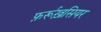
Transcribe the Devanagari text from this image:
फ़र्रूख़सियर